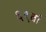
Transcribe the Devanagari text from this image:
६९वां